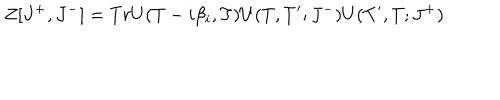
Z [ J ^ { + } , J ^ { - } ] = T r U ( T - i \beta _ { i } , T ) U ( T , T ^ { \prime } ; J ^ { - } ) U ( T ^ { \prime } , T ; J ^ { + } )